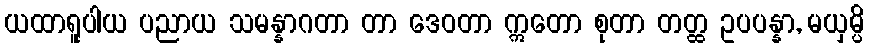
ယထာရူပါယ ပညာယ သမန္နာဂတာ တာ ဒေဝတာ ဣတော စုတာ တတ္ထ ဥပပန္နာ, မယှမ္ပိ